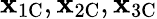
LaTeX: \mathbf{x}_{\mathrm{1C}},\mathbf{x}_{\mathrm{2C}},\mathbf{x}_{\mathrm{3C}}